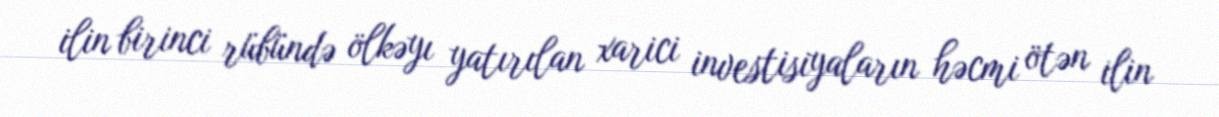
ilin birinci rübündə ölkəyı yatırılan xarici investisiyaların həcmi ötən ilin